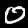
Label: 0